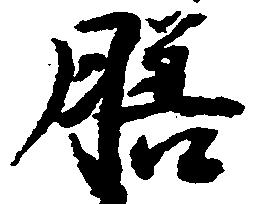
膳